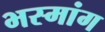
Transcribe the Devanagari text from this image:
भस्मांग